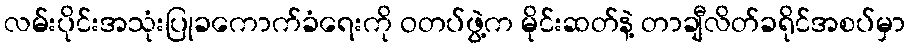
လမ်းပိုင်းအသုံးပြုခကောက်ခံရေးကို ဝတပ်ဖွဲ့က မိုင်းဆတ်နဲ့ တာချီလိတ်ခရိုင်အစပ်မှာ